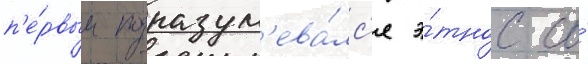
п'е́рвым подразум'ева́лс'я э́тнос со́